Indian journal of veterinary science and animal husbandry - Volume 9,
Year: 1939
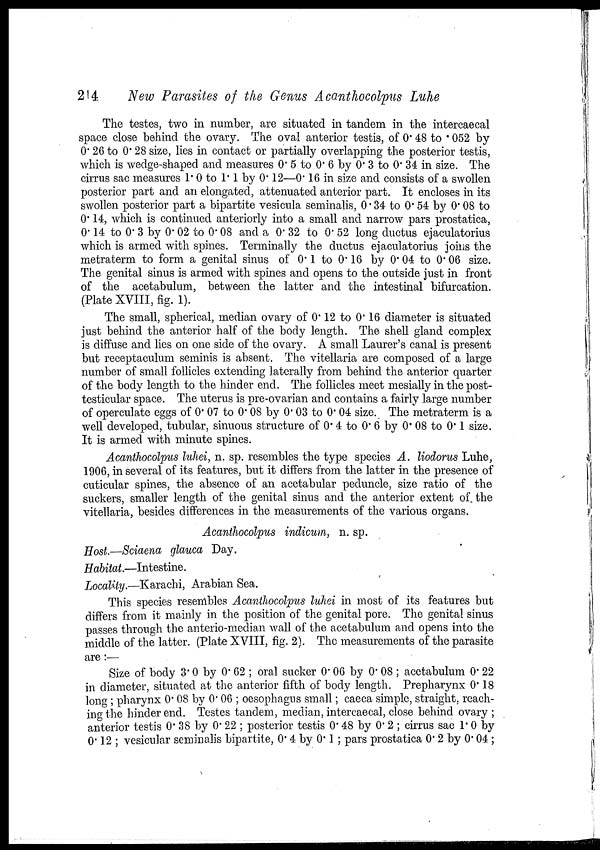
214
New Parasites of the Genus Acanthocolpus Luhe
The testes, two in number, are situated in tandem in the intercaecal
space close behind the ovary. The oval anterior testis, of 0.48 to .052 by
0.26 to 0.28 size, lies in contact or partially overlapping the posterior testis,
which is wedge-shaped and measures 0.5 to 0.6 by 0.3 to 0.34 in size. The
cirrus sac measures 1.0 to 1.1 by 0.12—0.16 in size and consists of a swollen
posterior part and an elongated, attenuated anterior part. It encloses in its
swollen posterior part a bipartite vesicula seminalis, 0.34 to 0.54 by 0.08 to
0.14, which is continued anteriorly into a small and narrow pars prostatica,
0.14 to 0.3 by 0.02 to 0.08 and a 0.32 to 0.52 long ductus ejaculatorius
which is armed with spines. Terminally the ductus ejaculatorius joins the
metraterm to form a genital sinus of 0.1 to 0.16 by 0.04 to 0.06 size.
The genital sinus is armed with spines and opens to the outside just in front
of the acetabulum, between the latter and the intestinal bifurcation.
(Plate XVIII, fig. 1).
The small, spherical, median ovary of 0.12 to 0.16 diameter is situated
just behind the anterior half of the body length. The shell gland complex
is diffuse and lies on one side of the ovary. A small Laurer's canal is present
but receptaculum seminis is absent. The vitellaria are composed of a large
number of small follicles extending laterally from behind the anterior quarter
of the body length to the hinder end. The follicles meet mesially in the post-
testicular space. The uterus is pre-ovarian and contains a fairly large number
of operculate eggs of 0.07 to 0.08 by 0.03 to 0.04 size. The metraterm is a
well developed, tubular, sinuous structure of 0.4 to 0.6 by 0.08 to 0.1 size.
It is armed with minute spines.
Acanthocolpus luhei, n. sp. resembles the type species A. liodorus Luhe,
1906, in several of its features, but it differs from the latter in the presence of
cuticular spines, the absence of an acetabular peduncle, size ratio of the
suckers, smaller length of the genital sinus and the anterior extent of the
vitellaria, besides differences in the measurements of the various organs.
Acanthocolpus indicum, n. sp.
Host.—Sciaena glauca Day.
Habitat—Intestine.
Locality.—Karachi, Arabian Sea.
This species resembles Acanthocolpus luhei in most of its features but
differs from it mainly in the position of the genital pore. The genital sinus
passes through the anterio-median wall of the acetabulum and opens into the
middle of the latter. (Plate XVIII, fig. 2). The measurements of the parasite
are:—
Size of body 3.0 by 0.62 ; oral sucker 0.06 by 0.08 ; acetabulum 0.22
in diameter, situated at the anterior fifth of body length. Prepharynx 0.18
long ; pharynx 0.08 by 0.06 ; oesophagus small; caeca simple, straight, reach-
ing the hinder end. Testes tandem, median, intercaecal, close behind ovary ;
anterior testis 0.38 by 0.22 ; posterior testis 0.48 by 0.2 ; cirrus sac 1.0 by
0.12 ; vesicular seminalis bipartite, 0.4 by 0.1 ; pars prostatica 0.2 by 0.04 ;